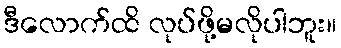
ဒီလောက်ထိ လုပ်ဖို့မလိုပါဘူး။